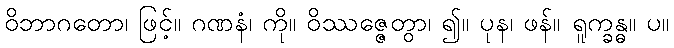
ဝိဘာဂတော၊ ဖြင့်။ ဂဏနံ၊ ကို။ ဝိဿဇ္ဇေတွာ၊ ၍။ ပုန၊ ဖန်။ ရူက္ခန္ဓ။ ပ။